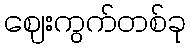
ဈေးကွက်တစ်ခု